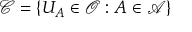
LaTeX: { \mathcal { C } } = \{ U _ { A } \in { \mathcal { O } } : A \in { \mathcal { A } } \}